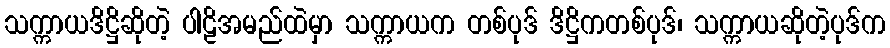
သက္ကာယဒိဋ္ဌိဆိုတဲ့ ပါဠိအမည်ထဲမှာ သက္ကာယက တစ်ပုဒ် ဒိဋ္ဌိကတစ်ပုဒ်၊ သက္ကာယဆိုတဲ့ပုဒ်က